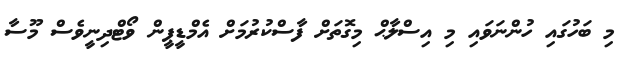
މި ބަހުގައި ހުންނަވައި މި އިސްލާޙް މިގޮތަށް ފާސްކުުރުމަަށް އެމްޑީޕީން ވޯޓްދިނީވެސް މޫސާ